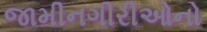
જામીનગીરીઓનો